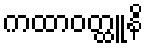
ကထာဝတ္ထူနိ